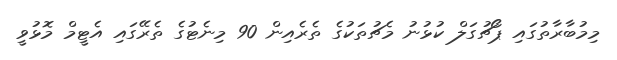
މިމުބާރާތުގައި ޕޯޗުގަލް ކުޅުނު މެޗުތަކުގެ ތެރެއިން 90 މިނެޓުގެ ތެރޭގައި އެޓީމް މޮޅުވީ